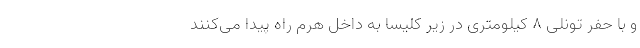
و با حفر تونلی 8 کیلومتری در زیر کلیسا به داخل هرم راه پیدا می‌کنند